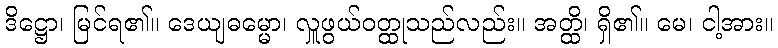
ဒိဋ္ဌော၊ မြင်ရ၏။ ဒေယျဓမ္မော၊ လှူဖွယ်ဝတ္ထုသည်လည်း။ အတ္ထိ၊ ရှိ၏။ မေ၊ ငါ့အား။